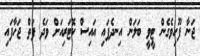
ޖަނާ ފޫހިވެގެން ޓީވީ ބަލަން އިނދެފައި އައިސް ކޮޓަރިއަށް ވަދެ ފަތް ޖަހާފައި